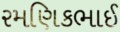
રમણિકભાઈ